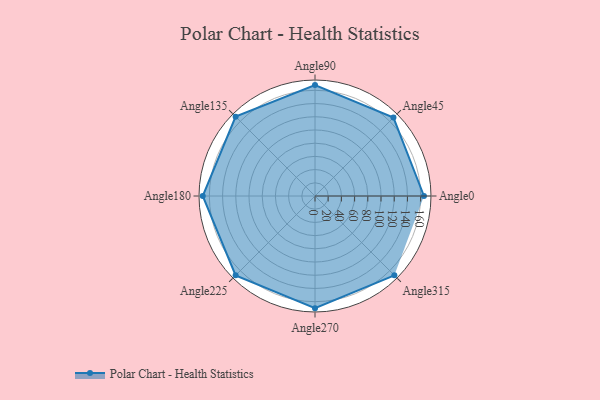
{"axis": {"x": "Angle", "y": "Radius"}, "legend": [""], "data": [{"x": "Angle0", "y": 165.0, "type": ""}, {"x": "Angle45", "y": 168.0, "type": ""}, {"x": "Angle90", "y": 168.0, "type": ""}, {"x": "Angle135", "y": 170, "type": ""}, {"x": "Angle180", "y": 170, "type": ""}, {"x": "Angle225", "y": 170, "type": ""}, {"x": "Angle270", "y": 170, "type": ""}, {"x": "Angle315", "y": 170, "type": ""}]}